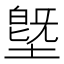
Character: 墍